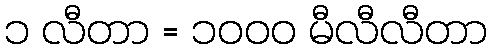
၁ လီတာ = ၁၀၀၀ မီလီလီတာ